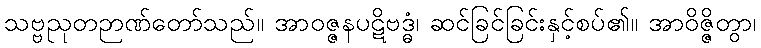
သဗ္ဗညုတဉာဏ်တော်သည်။ အာဝဇ္ဇနပဋိဗဒ္ဓံ၊ ဆင်ခြင်ခြင်းနှင့်စပ်၏။ အာဝိဇ္ဇိတွာ၊